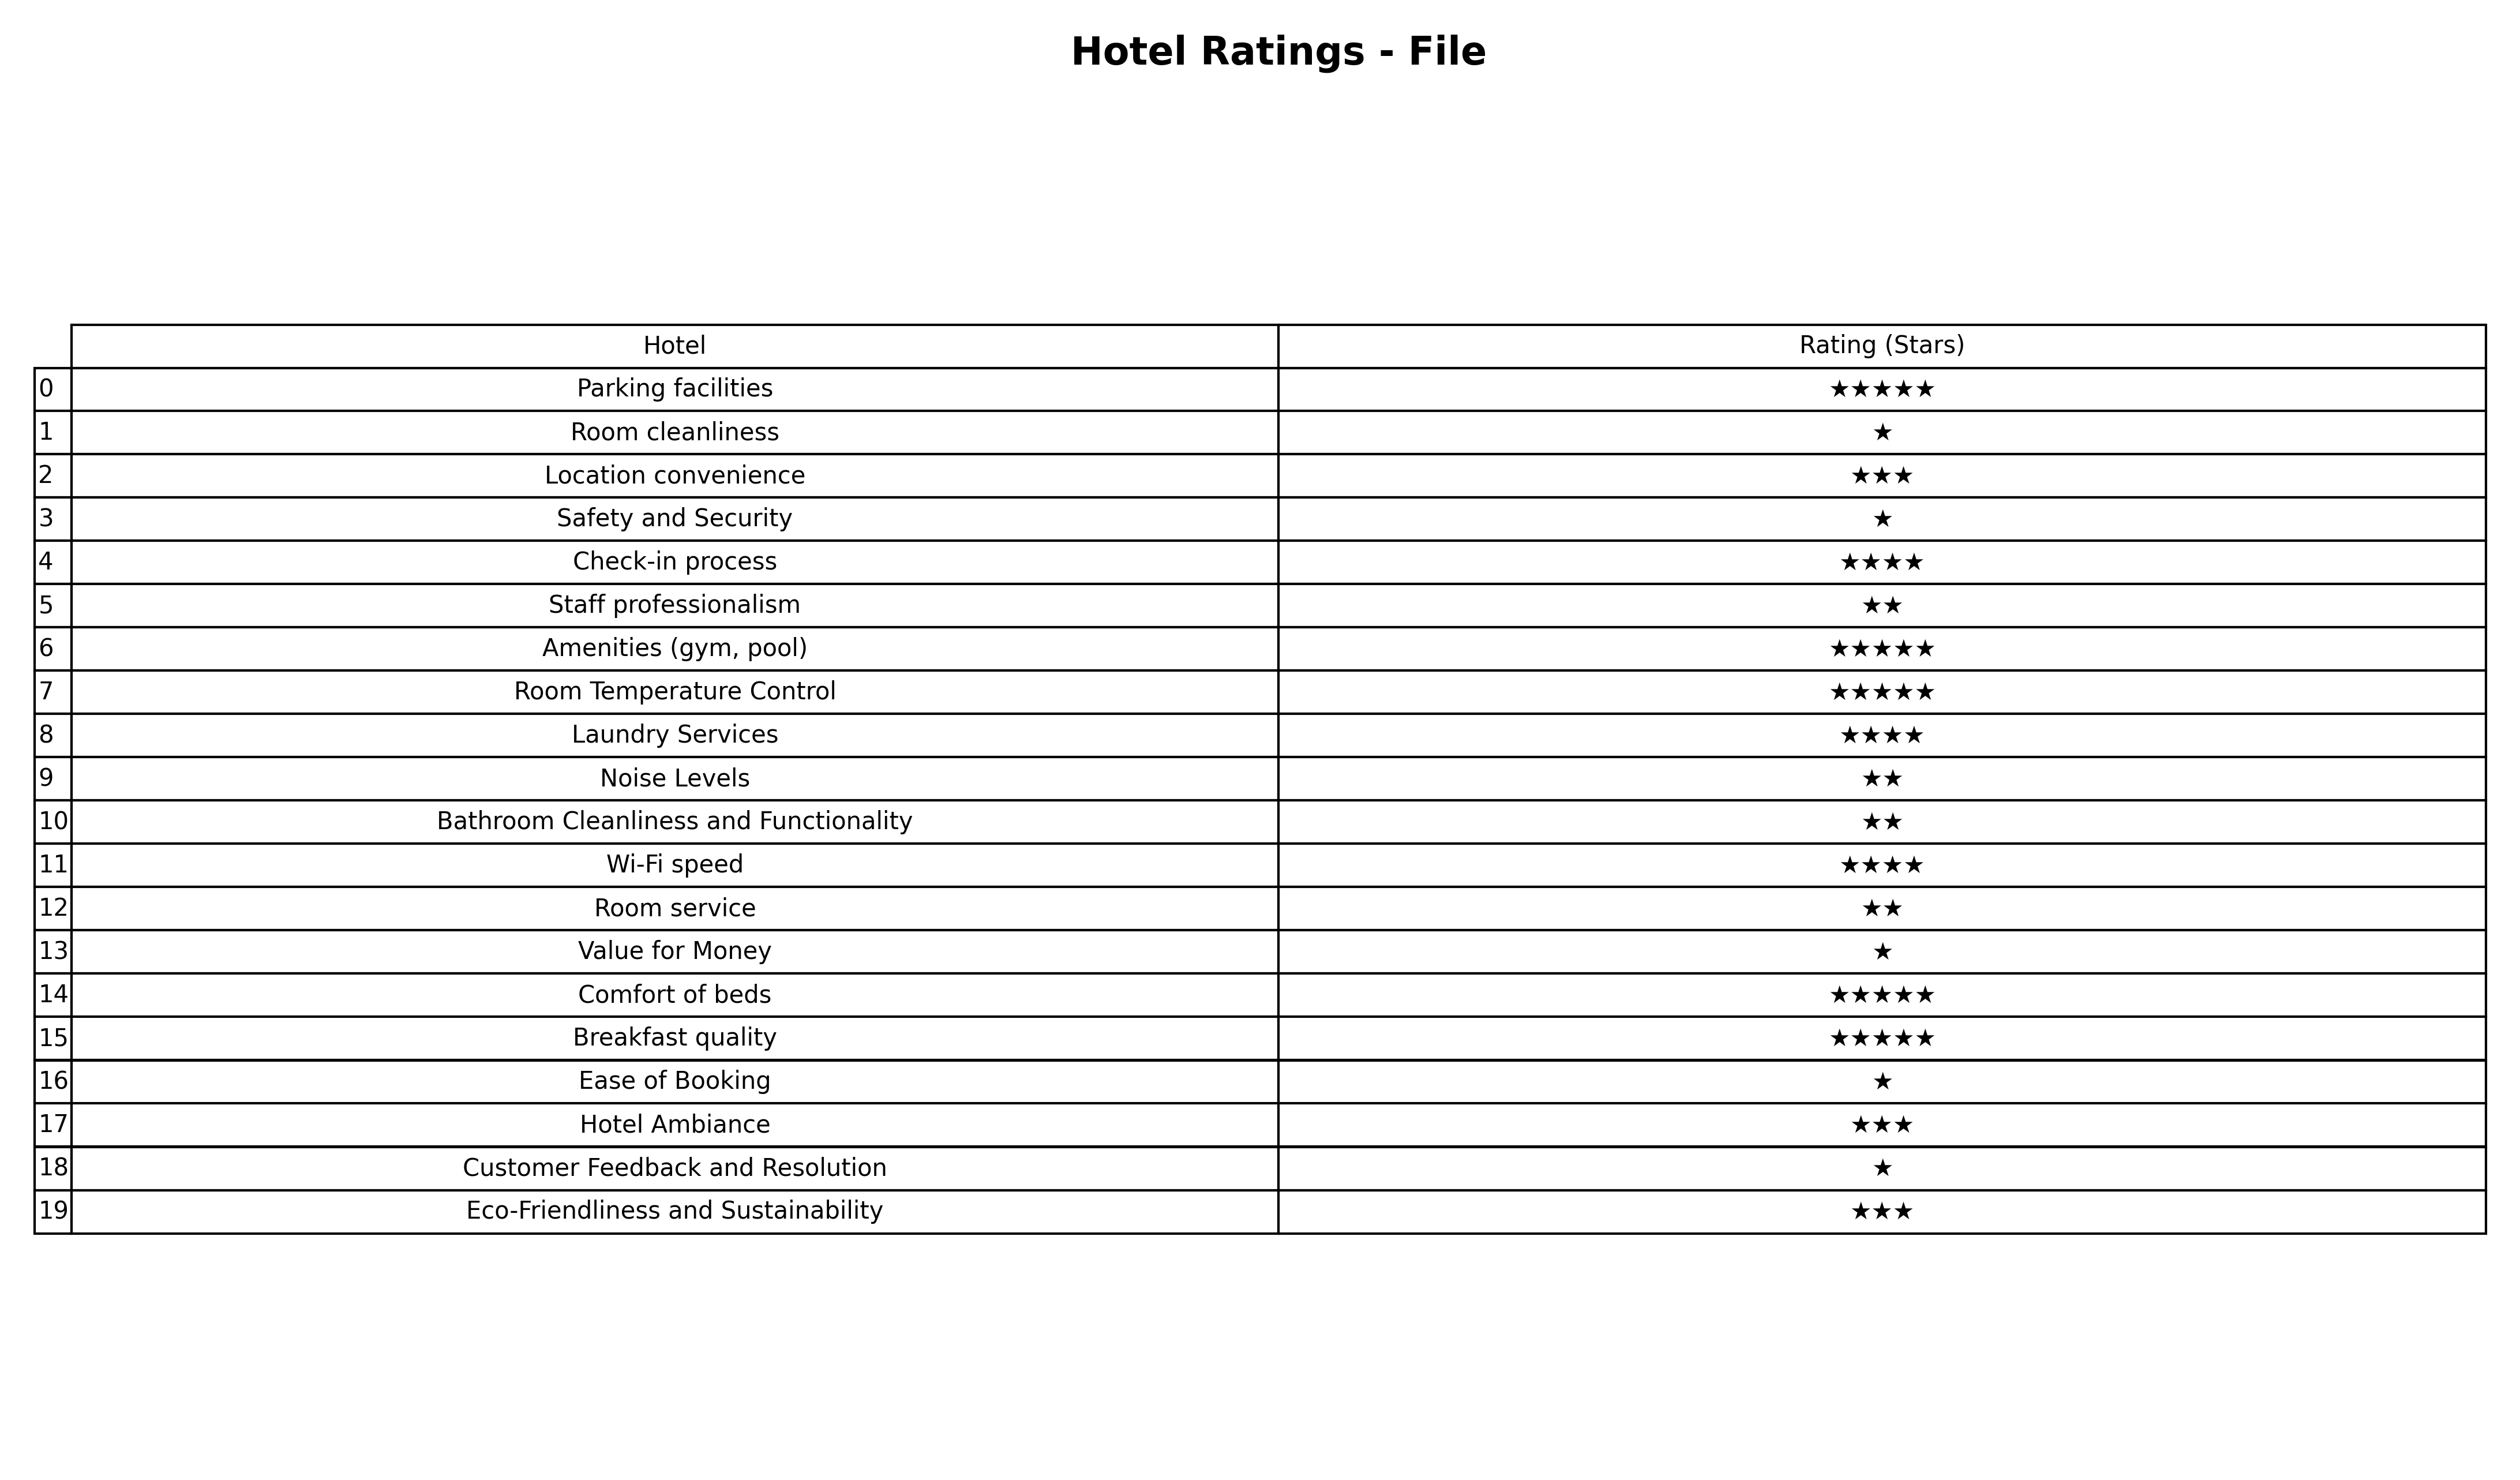
question: What is the rating of Parking facilities?
answer: ★★★★★